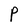
Character: P